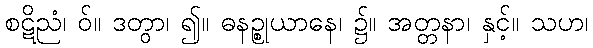
စဋိညံ၊ ဝ်။ ဒတွာ၊ ၍။ ဓနဉ္စုယာနေ၊ ၌။ အတ္တနာ၊ နှင့်။ သဟ၊